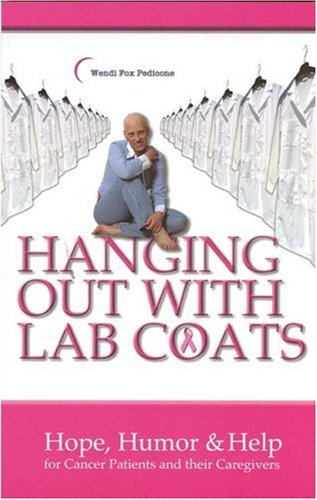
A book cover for Hanging Out with Lab Coats: Hope, Humor & Help for Cancer Patients and Their Caregivers; Wendi Fox Pedicone; Humor & Entertainment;